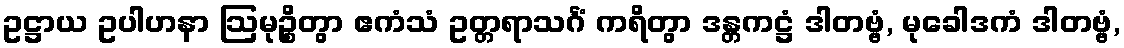
ဥဋ္ဌာယ ဥပါဟနာ ဩမုဉ္စိတွာ ဧကံသံ ဥတ္တရာသင်္ဂံ ကရိတွာ ဒန္တကဋ္ဌံ ဒါတဗ္ဗံ, မုခေါဒကံ ဒါတဗ္ဗံ,